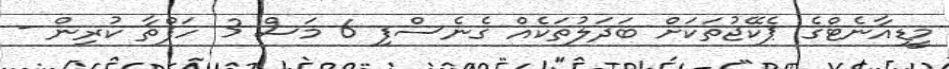
މީޑިއާނެޓްގެ ޕެކޭޖުތަކަށް ބަދަލުތަކެއް ގެނެސްފި 6 މަސް 3 ހަފްތާ ކުރިން -